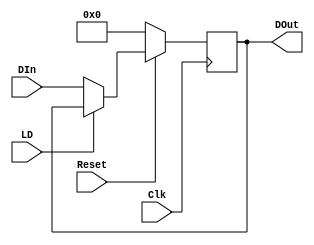
// Compiler directive that controls the net type created for implicit net declarations
// syntax: `default_nettype value   value can be wire | tri | tri0 | tri1 | wand | triand | wor | trior | trireg | uwire | none 
// when set to none, all variables mus be explicitly delcared, else error is thrown
`default_nettype none 

module Register 
#(
	parameter DataWidth = 8)
(
	input wire Clk,					// Clock
	input wire Reset,				// Active Low
	input wire LD,					// Load: Active Low
	input wire [DataWidth-1:0] DIn,	// Input
	output reg [DataWidth-1:0] DOut	// Output
);

// register acts only on negative edge of clock
always @(negedge Clk) begin

	if (~Reset) begin
		
		// if a complier directive named SIMULATE is `define-d then this code is compiled
		`ifdef SIMULATE
			$display("%d Register reset", $stime); // $stime returns an unsigned integer that is a 32-bit time, scaled to the timescale unit of the module 
		`endif

		// {multiplier{data}} used for replication, {data,data,data...} used for concatenation
		// ' = ' blocking assignment, ' <= ' non-blocking assignment
		DOut <= {DataWidth{1'b0}};

	end
	else if (~LD) begin

		`ifdef SIMULATE
			$display("%d Register load: ",);
		`endif

		DOut <= DIn;

	end
end
endmodule